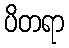
ပိတရာ